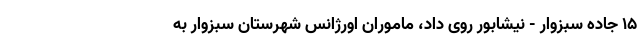
۱۵ جاده سبزوار - نیشابور روی داد، ماموران اورژانس شهرستان سبزوار به